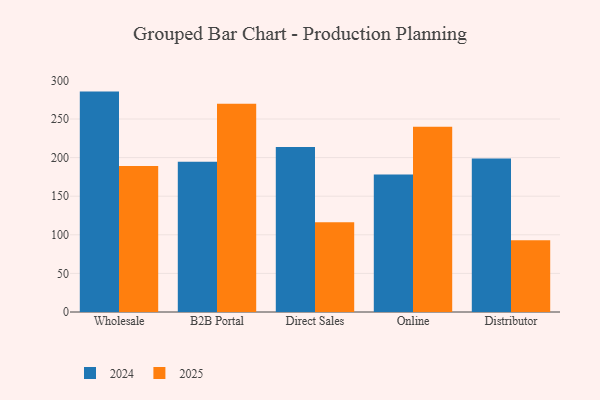
{"axis": {"x": "Channel", "y": "Revenue (USD Million)"}, "legend": ["2024", "2025"], "data": [{"x": "Wholesale", "y": 285.5, "type": "2024"}, {"x": "Wholesale", "y": 189.0, "type": "2025"}, {"x": "B2B Portal", "y": 194.5, "type": "2024"}, {"x": "B2B Portal", "y": 269.7, "type": "2025"}, {"x": "Direct Sales", "y": 213.8, "type": "2024"}, {"x": "Direct Sales", "y": 116.1, "type": "2025"}, {"x": "Online", "y": 178.1, "type": "2024"}, {"x": "Online", "y": 239.9, "type": "2025"}, {"x": "Distributor", "y": 199.0, "type": "2024"}, {"x": "Distributor", "y": 93.1, "type": "2025"}]}